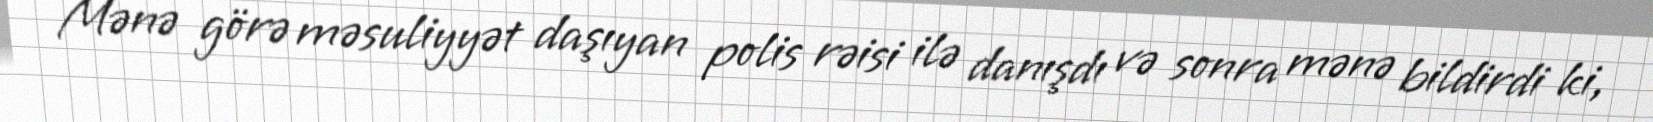
Mənə görə məsuliyyət daşıyan polis rəisi ilə danışdı və sonra mənə bildirdi ki,